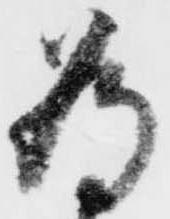
為